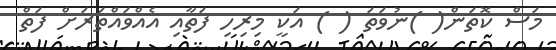
މަސް ކޮތަން( )ނުވަތަ ( ) އަކީ މިރިހި ފަތާއި އެއްވައްތަރަށް ފަތް